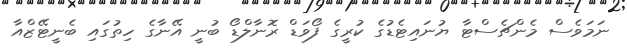
ނަމަވެސް މެންޗެސްޓާ ޔުނައިޓެޑުގެ ކުރީގެ ފޯވަޑް ރޮނާލްޑޯ ބުނީ އޭނާގެ ހިތުގައި ބެނީޓޭޒްއާ